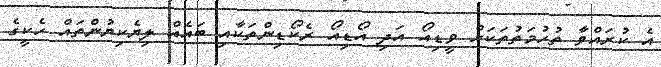
އެ ކުރައްވާ ތުހުމަތުތަކަށް ވީޑިއޯ އަދި އޯޑިއޯ ރެކޯޑިންތަކާއި ބައެއް ލިޔެކިޔުންތައް ހެކީގެ